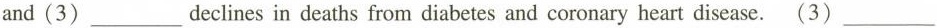
and (3)___ declines in deaths from diabetes and coronary heart disease. (3) ___